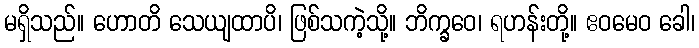
မရှိသည်။ ဟောတိ သေယျထာပိ၊ ဖြစ်သကဲ့သို့။ ဘိက္ခဝေ၊ ရဟန်းတို့။ ဧဝမေဝ ခေါ၊